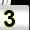
Digit: 3